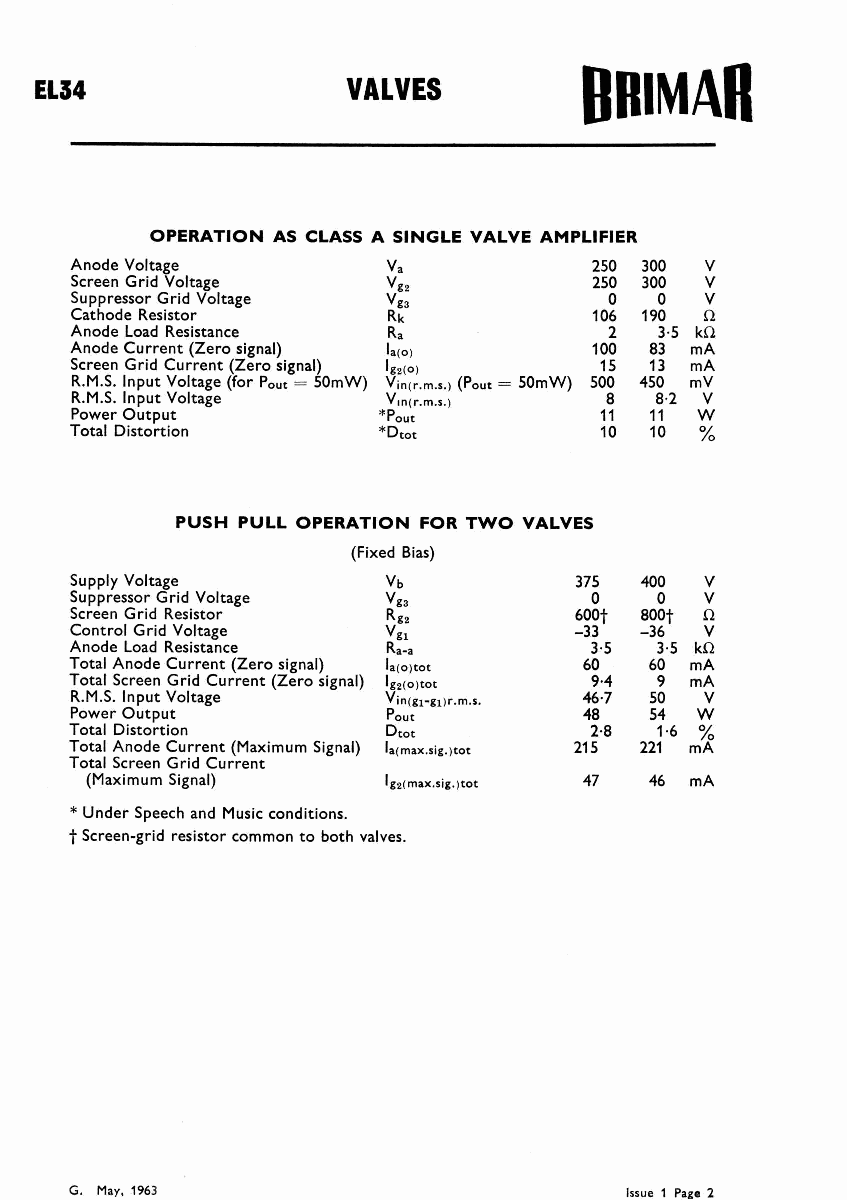
BgIMAR
 EL34                 VALVES
 OPERATION AS CLASS A SINGLE VALVE AMPLIFIER
 Anode Voltage        Va           250 300 V
 Screen Grid Voltage  V82          250 300 V
 Suppressor Grid Voltage VS3        0   0  V
 Cathode Resistor     Rk           106 190 i2
 Anode Load Resistance Ra           2   3.5 kS2
 Anode Current (Zero signal) la(o) 100 83 mA
 Screen Grid Current (Zero signal) I82(o) 15 13 mA
 R.M.S. Input Voltage (for Pouc = 50mW) Vin(r.m.s.) (Pout = 50mW) 500 450 mV
 R.M.S. Input Voltage Vin(r.m.s.)   8  8.2 V
 Power Output        *Pouc          11 11 W
 Total Distortion    *Dcoc          10 10
 PUSH PULL OPERATION FOR TWO VALVES
 (Fixed Bias)
 Supply Voltage       Vb          375 400  V
 Suppressor Grid Voltage V83       0   0   V
 Screen Grid Resistor R82         600t 800t S2
 Control Grid Voltage Vgl         —33 —36  V
 Anode Load Resistance Ra-a        3.5 3.5 k12
 Total Anode Current (Zero signal) la(o)coc 60 60 mA
 Total Screen Grid Current (Zero signal) I$z(o)coc 9.4 9 mA
 R.M.S. Input Voltage Vin(gl-g1)r.m.s. 46.7 50 V
 Power Output         Pouc         48  54 W
 Total Distortion     Dcoc         2.8 1.6
 Total Anode Current (Maximum Signal) Ia(max.sig.)coc 215 221 mA
 Total Screen Grid Current
 (Maximum Signal)   IS2(max.sig.)tot 47 46 mA
 * Under Speech and Music conditions.
 t Screen-grid resistor common to both valves.
 G. May, 1963                        Issue 1 Page 2